Lunatic asylums United Prov. 1922-30 - 1922-1930
Year: 1922
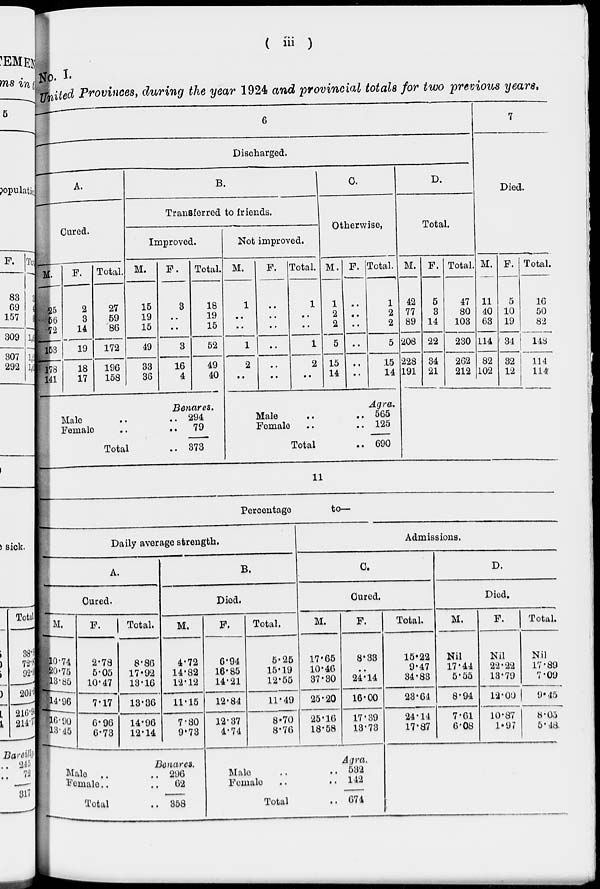
( iii )
No. I.
United Provinces, during the year 1924 and provincial totals for two previous years.
6
Discharged.
A.
Cured.
M.
25
56
72
153
178
141
F.
2
3
14
19
18
17
Total.
27
59
86
172
196
158
B.
Transferred to friends.
Improved.
M.
15
19
15
49
33
36
F.
3
..
..
3
16
4
Total.
18
19
15
52
49
40
Benares.
Male .. ..
Female .. ..
Total ..
294
79
373
Not improved.
M.
1
..
..
1
2
..
F.
..
..
..
..
..
..
Total.
1
..
..
1
2
..
C.
Otherwise.
M.
1
2
2
5
15
14
F.
..
..
..
..
..
..
Total.
1
2
2
5
15
14
Agra.
Male ..
Female
..
..
Total ..
565
125
690
D.
Total.
M.
42
77
89
208
228
191
F.
5
3
14
22
34
21
Total.
47
80
103
230
262
212
7
Died.
M.
11
40
63
114
82
102
F.
5
10
19
34
32
12
Total.
16
50
82
148
114
114
11
Percentage
to—
Daily average strength.
A.
Cured.
M.
10.74
20.75
13.85
14.96
16.90
13.45
F.
2.78
5.05
10.47
7.17
6.96
6.73
Total.
8.86
17.92
13.16
13.36
14.96
12.14
B.
Died.
M.
4.72
14.82
12.12
11.15
7.80
9.73
Benares.
Male .. ..
Female .. ..
Total ..
296
62
358
F.
6.94
16.85
14.21
12.84
12.37
4.74
Total.
5.25
15.19
12.55
11.49
8.70
8.76
Admissions.
C.
Cured.
M.
17.65
10.46
37.30
25.20
25.16
18.58
F.
8.33
..
24.14
16.00
17.39
13.73
Agra.
Male .. ..
Female .. ..
Total ..
532
142
674
Total,
15.22
9.47
34.83
23.64
24.14
17.87
D.
Died.
M.
Nil
17.44
5.55
8.94
7.61
6.08
F.
Nil
22.22
13.79
12.00
10.87
1.97
Total.
Nil
17.89
7.09
9.45
8.05
5.48